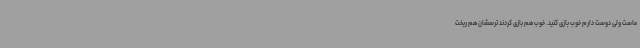
ماست ولی دوست دارم خوب بازی کنید. خوب هم بازی کردند ترسشان هم ریخت